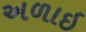
અળાઇ